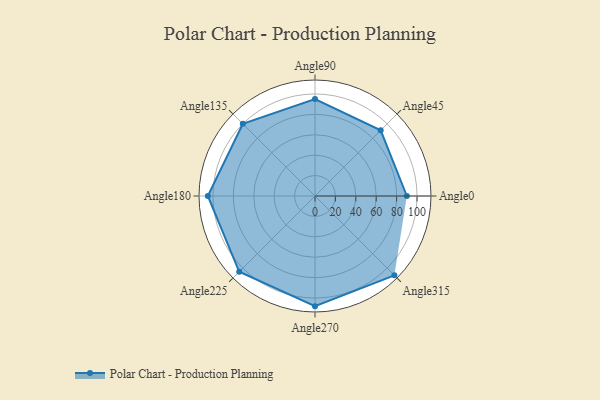
{"axis": {"x": "Angle", "y": "Radius"}, "legend": [""], "data": [{"x": "Angle0", "y": 90.0, "type": ""}, {"x": "Angle45", "y": 91.0, "type": ""}, {"x": "Angle90", "y": 95.0, "type": ""}, {"x": "Angle135", "y": 100.0, "type": ""}, {"x": "Angle180", "y": 105.0, "type": ""}, {"x": "Angle225", "y": 105.0, "type": ""}, {"x": "Angle270", "y": 108.0, "type": ""}, {"x": "Angle315", "y": 110.0, "type": ""}]}